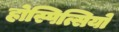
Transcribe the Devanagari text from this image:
होस्पित्सियो